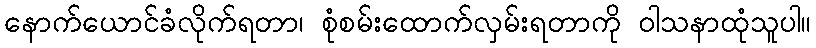
နောက်ယောင်ခံလိုက်ရတာ၊ စုံစမ်းထောက်လှမ်းရတာကို ဝါသနာထုံသူပါ။